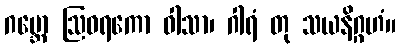
ဂဗ္ဘော ဩဝရကော ဝါသာ၊ ဂါရံ တု သယနိဂ္ဂဟံ။